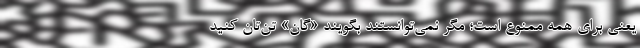
یعنی برای همه ممنوع است؛ مگر نمی‌توانستند بگویند «گان» تن‌تان کنید